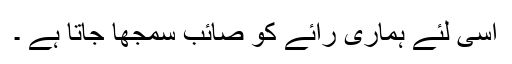
اسی لئے ہماری رائے کو صائب سمجھا جاتا ہے ۔